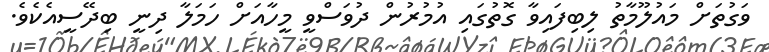
ވަގުތަށް މައުލޫމާތު ލިބިފައިވާ ގޮތުގައި އުމުރުން ދުވަސްވީ މީހާއަށް ހަމަލާ ދިނީ ބިދޭސީއެކެވެ.